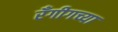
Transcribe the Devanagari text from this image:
रँगीगच्या